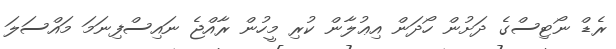
ރެޑް ނޯޓިސްގެ ދަށުން ހޯދަން އިޢުލާން ކުރި މީހުން ރާއްޖެ ނައިސްފިނަމަ މައްސަލަ